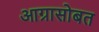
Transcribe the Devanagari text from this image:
आग्रासोबत